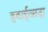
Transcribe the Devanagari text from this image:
हवाईजादा